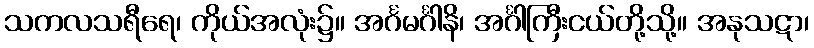
သကလသရီရေ၊ ကိုယ်အလုံး၌။ အင်္ဂမင်္ဂါနိ၊ အင်္ဂါကြီးငယ်တို့သို့။ အနုသဋာ၊